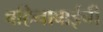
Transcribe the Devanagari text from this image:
बहिनाबाईची